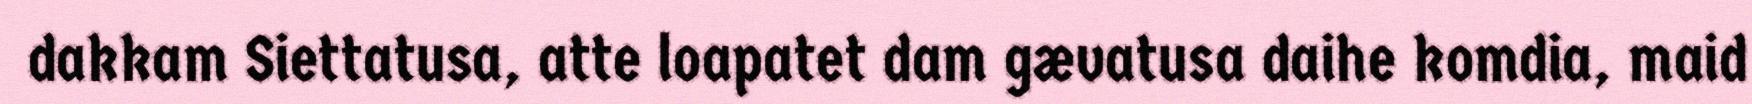
dakkam Siettatusa, atte loapatet dam gævatusa daihe komdia, maid